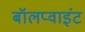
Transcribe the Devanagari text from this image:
बॉलप्वाइंट